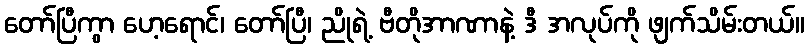
တော်ပြီကွာ ဟေ့ရောင်၊ တော်ပြီ၊ ညိုရဲ့ ဗီတိုအာဏာနဲ့ ဒီ အလုပ်ကို ဖျက်သိမ်းတယ်။